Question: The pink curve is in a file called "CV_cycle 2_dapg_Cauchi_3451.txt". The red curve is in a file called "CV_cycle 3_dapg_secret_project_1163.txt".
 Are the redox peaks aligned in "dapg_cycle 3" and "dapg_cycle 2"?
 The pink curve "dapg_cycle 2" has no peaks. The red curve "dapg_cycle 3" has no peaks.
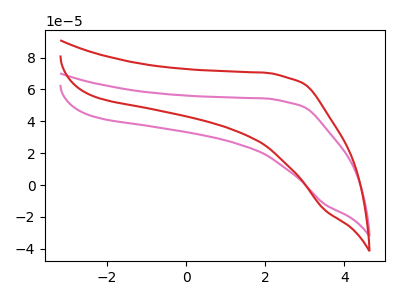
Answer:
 <answer>Niether CV has any peaks.</answer>
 <eval>blanks</eval>